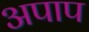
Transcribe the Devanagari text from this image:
अपाप